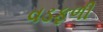
વડફળી